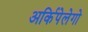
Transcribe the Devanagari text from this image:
अर्किपेलेगो